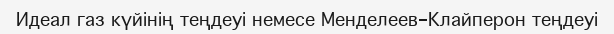
Идеал газ күйінің теңдеуі немесе Менделеев-Клайперон теңдеуі